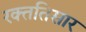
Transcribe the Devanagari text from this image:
रक्ततिसार